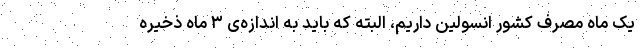
یک ماه مصرف کشور انسولین داریم، البته که باید به اندازه‌ی ۳ ماه ذخیره